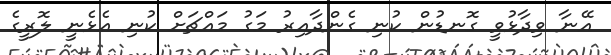
އޭނާ ވިދާޅުވީ ގޮނޑުން ކުނި ގެންދާއިރު މަގު މައްޗަށް ކުނި އެޅެނީ ލޮރީގެ